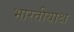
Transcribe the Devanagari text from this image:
भारतीयाश्च